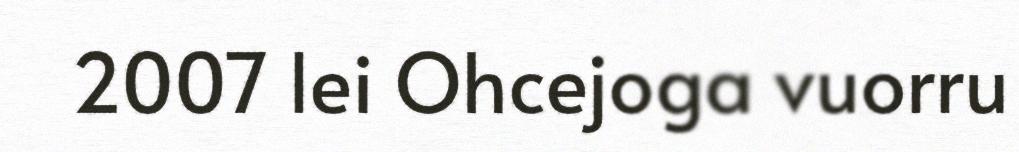
2007 lei Ohcejoga vuorru